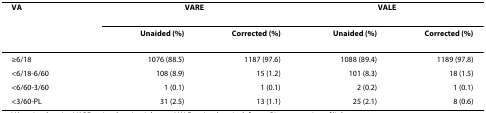
<table><thead><tr><td><b>VA</b></td><td colspan="2"><b>VARE</b></td><td colspan="2"><b>VALE</b></td></tr><tr><td></td><td><b>Unaided (%)</b></td><td><b>Corrected (%)</b></td><td><b>Unaided (%)</b></td><td><b>Corrected (%)</b></td></tr></thead><tbody><tr><td>≥6/18</td><td>1076 (88.5)</td><td>1187 (97.6)</td><td>1088 (89.4)</td><td>1189 (97.8)</td></tr><tr><td>&lt;6/18-6/60</td><td>108 (8.9)</td><td>15 (1.2)</td><td>101 (8.3)</td><td>18 (1.5)</td></tr><tr><td>&lt;6/60-3/60</td><td>1 (0.1)</td><td>1 (0.1)</td><td>2 (0.2)</td><td>1 (0.1)</td></tr><tr><td>&lt;3/60-PL</td><td>31 (2.5)</td><td>13 (1.1)</td><td>25 (2.1)</td><td>8 (0.6)</td></tr></tbody></table>